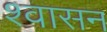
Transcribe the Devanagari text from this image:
श्वासन